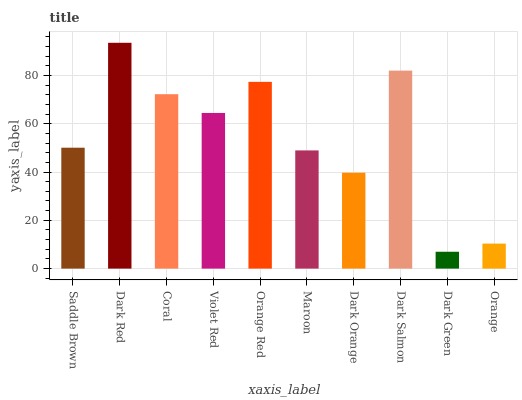
| xaxis_label | bars |
 | --- | --- |
 | Saddle Brown | 50.1 |
 | Dark Red | 93.5 |
 | Coral | 72.2 |
 | Violet Red | 64.4 |
 | Orange Red | 77.3 |
 | Maroon | 48.9 |
 | Dark Orange | 39.7 |
 | Dark Salmon | 82 |
 | Dark Green | 6.98 |
 | Orange | 10.4 |